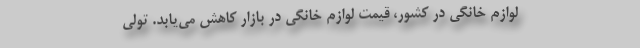
لوازم خانگی در کشور، قیمت لوازم خانگی در بازار کاهش می‌یابد. تولی